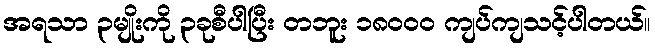
အရသာ ၃မျိုးကို ၃ခုစီပါပြီး တဘူး ၁၈၀၀၀ ကျပ်ကျသင့်ပါတယ်။